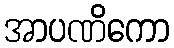
အာပဏိကော